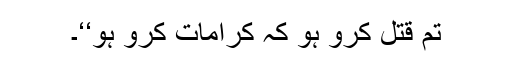
تم قتل کرو ہو کہ کرامات کرو ہو‘‘۔